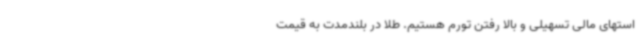
استهای مالی تسهیلی و بالا رفتن تورم هستیم. طلا در بلندمدت به قیمت